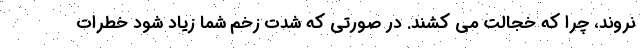
نروند، چرا که خجالت می کشند. در صورتی که شدت زخم شما زیاد شود خطرات